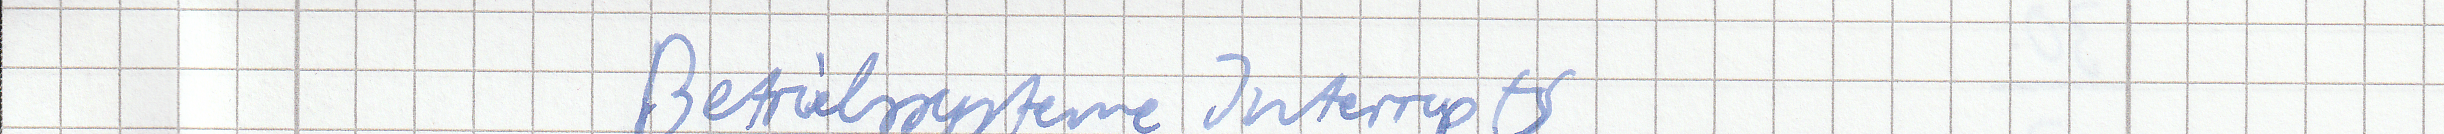
Betriebssysteme Interrupts